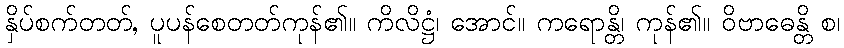
နှိပ်စက်တတ်, ပူပန်စေတတ်ကုန်၏။ ကိလိဋ္ဌံ၊ အောင်။ ကရောန္တိ၊ ကုန်၏။ ဝိဗာဓေန္တိ စ၊